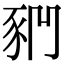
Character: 𧰶